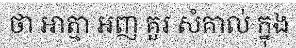
ថា អាត្មា អញ គួរ សំគាល់ ក្នុង